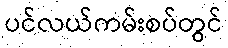
ပင်လယ်ကမ်းစပ်တွင်